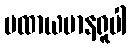
ပထာယမာနရူပါ